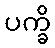
ပက္ခိ